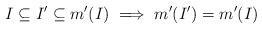
LaTeX: \begin{align*}I \subseteq I' \subseteq m'(I) \implies m'(I')=m'(I)\end{align*}